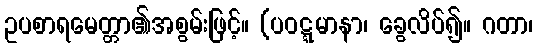
ဥပစာရမေတ္တာ၏အစွမ်းဖြင့်။ (ပဝဋ္ဋမာနာ၊ ခွေလိပ်၍။ ဂတာ၊